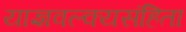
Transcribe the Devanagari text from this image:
याज्ञवल्क्यसंहिता